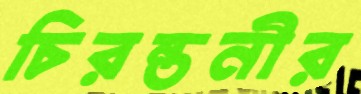
চিরন্তনীর